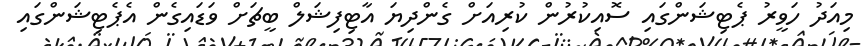
މިއަދު ހަވީރު ޕެޓިޝަންގައި ސޮއިކުރުން ކުރިއަށް ގެންދިޔަ އާޓިފިޝަލް ބީޗަށް ވަޑައިގެން އެޕެޓިޝަންގައި